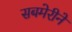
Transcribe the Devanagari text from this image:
सबमेरीनें